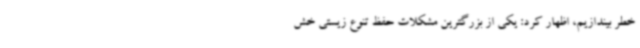
خطر بیندازیم، اظهار کرد: یکی از بزرگترین مشکلات حفظ تنوع زیستی خش